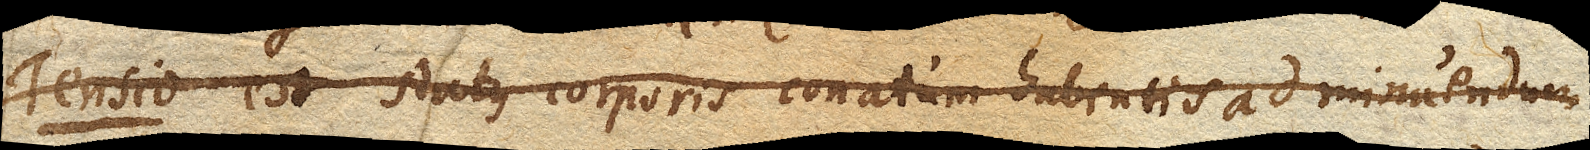
Tensio est status corporis conatum habentis ad minuendum